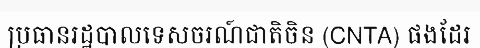
ប្រធានរដ្ឋបាលទេសចរណ៍ជាតិចិន (CNTA) ផងដែរ